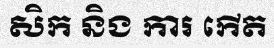
សិក និង ការ កើត